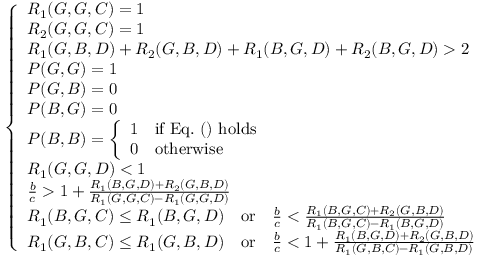
\begin{array} { r } { \left\{ \begin{array} { l l } { R _ { 1 } ( G , G , C ) = 1 } \\ { R _ { 2 } ( G , G , C ) = 1 } \\ { R _ { 1 } ( G , B , D ) + R _ { 2 } ( G , B , D ) + R _ { 1 } ( B , G , D ) + R _ { 2 } ( B , G , D ) > 2 } \\ { P ( G , G ) = 1 } \\ { P ( G , B ) = 0 } \\ { P ( B , G ) = 0 } \\ { P ( B , B ) = \left\{ \begin{array} { l l } { 1 } & { \mathrm { i f ~ E q . ~ ( ) ~ h o l d s } } \\ { 0 } & { \mathrm { o t h e r w i s e } } \end{array} \right. } \\ { R _ { 1 } ( G , G , D ) < 1 } \\ { \frac { b } { c } > 1 + \frac { R _ { 1 } ( B , G , D ) + R _ { 2 } ( G , B , D ) } { R _ { 1 } ( G , G , C ) - R _ { 1 } ( G , G , D ) } } \\ { R _ { 1 } ( B , G , C ) \leq R _ { 1 } ( B , G , D ) { \quad \mathrm { o r } \quad } \frac { b } { c } < \frac { R _ { 1 } ( B , G , C ) + R _ { 2 } ( G , B , D ) } { R _ { 1 } ( B , G , C ) - R _ { 1 } ( B , G , D ) } } \\ { R _ { 1 } ( G , B , C ) \leq R _ { 1 } ( G , B , D ) { \quad \mathrm { o r } \quad } \frac { b } { c } < 1 + \frac { R _ { 1 } ( B , G , D ) + R _ { 2 } ( G , B , D ) } { R _ { 1 } ( G , B , C ) - R _ { 1 } ( G , B , D ) } } \end{array} \right. } \end{array}